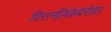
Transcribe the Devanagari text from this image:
पित्तनलिकेबरोबर